Civil Veterinary Department Bihar & Orissa reports 1911-21 - 1911-1921
Year: 1911
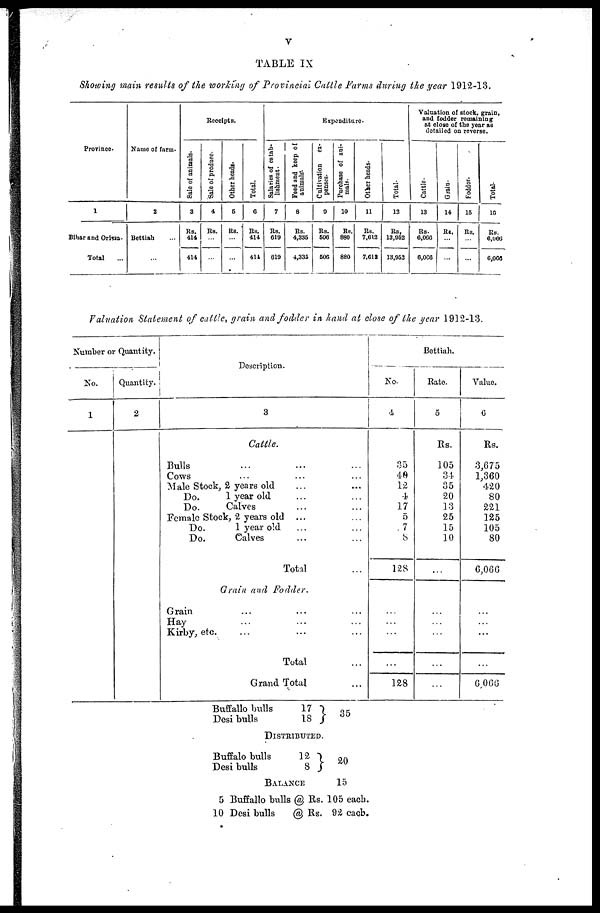
V
TABLE IX
Showing main results of the working of Provincial Cattle Farms during the year 1912-13.
Province.
1
Bihar and Orissa .
Total ...
Name of farm.
2
Bettiah ...
...
Receipts.
Sale of animals.
3
Rs.
414
414
Sale of produce.
4
Rs.
...
...
Other heads.
5
Rs.
...
...
Total.
6
Rs.
414
414
Expenditure.
Salaries of estab-
lishment
7
Rs.
019
610
Feed and keep of
animals.
8
Rs.
4,335
4,335
Cultivation
ex-
penses.
9
Rs.
506
506
Purchase of ani-
mals.
10
Re.
880
880
Other heads.
11
Rs.
7,612
7,612
Total.
12
Rs,
13,052
13,053
Valuation of stock, grain,
and fodder remaining
at close of the year as
detailed on reverse.
Cattle.
13
Rs.
6,066
6,066
Grain.
14
Rs.
...
...
Fodder.
15
Rs.
...
...
Total.
16
Rs.
6,066
6,066
Valuation Statement of cattle, grain and fodder in hand at close of the year 1912-13.
Number or Quantity.
No.
1
Quantity.
2
Description.
3
Cattle.
Bulls ... ... ...
Cows ... ... ...
Male Stock, 2 years old ... ...
Do.
1 year old ... ...
Do.
Calves ... ...
Female Stock, 2 years old ... ...
Do.
1 year old ... ...
Do.
Calves ... ...
Total ...
Grain and Fodder.
Grain ... ... ...
Hay ... ... ...
Kirby, etc. ... ... ...
Total ...
Grand Total
Bettiah.
No.
4
35
40
12
4
17
5
7
8
128
...
...
...
...
128
Kate.
5
Rs.
105
34
35
20
13
25
15
10
...
...
...
...
...
Value.
6
Rs.
3,675
1,360
420
80
221
125
105
80
6,066
...
...
...
...
6 066
Buffallo bulls
Desi bulls
17
18
35
DISTRIBUTION.
Buffalo bulls
Desi bulls
12
8
20
5
10
BALANCE
Buffallo bulls @
Desi bulls
@
15
Rs. 105 each.
Rs. 92 each.